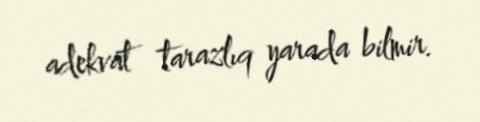
adekvat tarazlıq yarada bilmir.